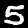
Label: 5